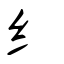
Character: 纟